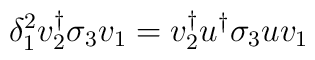
\delta_{1}^{2}v_{2}^{\dagger}\sigma_{3}v_{1} =     v_{2}^{\dagger}u^{\dagger}\sigma_{3}uv_{1}